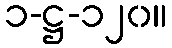
၁-ဋ္ဌ-၁၂၀။